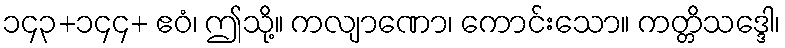
၁၄၃+၁၄၄+ ဧဝံ၊ ဤသို့။ ကလျာဏော၊ ကောင်းသော။ ကတ္တိသဒ္ဒေါ၊